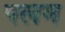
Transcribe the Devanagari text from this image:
पलम